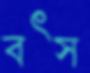
বৎস